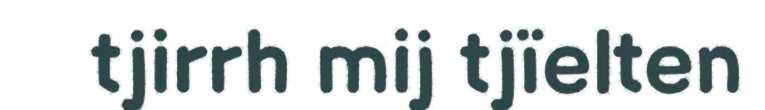
tjirrh mij tjïelten